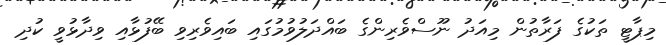
މިޕާޓީ ތަކުގެ ފަރާތުން މިއަދު ނޫސްވެރިންގެ ބައްދަލުވުމުގައި ބައިވެރިވި ބޭފުޅާއި ވިދާޅުވީ ކުދި